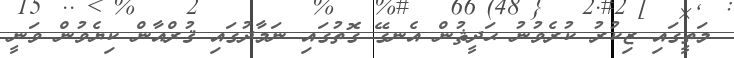
މަތީގައި ޒިކުރު ކުރެވުނު ޙަދީޘުން އެނގޭ ގޮތުގައި ނަމާދުގައި ޤުރްއާން ކިޔެވުން ވަނީ